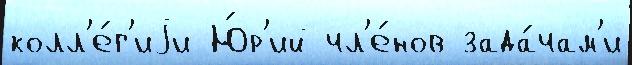
колл'е́г'иjи Ю́р'ий чл'е́нов зада́чам'и